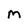
Character: M